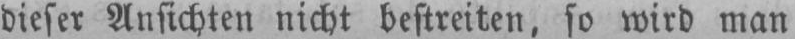
dieser Ansichten nicht bestreiten, so wird man